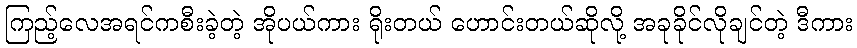
ကြည့်လေအရင်ကစီးခဲ့တဲ့ အိုပယ်ကား ရိုးတယ် ဟောင်းတယ်ဆိုလို့ အခုခိုင်လိုချင်တဲ့ ဒီကား